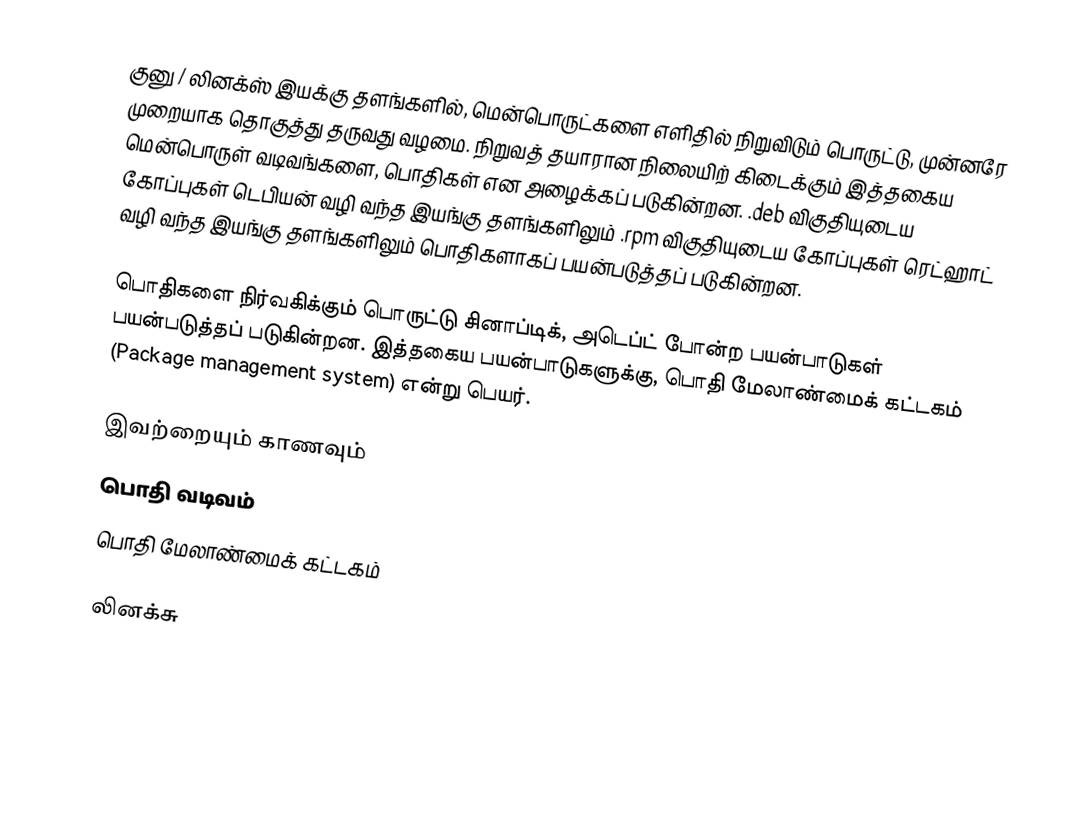
குனு / லினக்ஸ் இயக்கு தளங்களில், மென்பொருட்களை எளிதில் நிறுவிடும் பொருட்டு, முன்னரே முறையாக தொகுத்து தருவது வழமை.  நிறுவத் தயாரான நிலையிற் கிடைக்கும் இத்தகைய  மென்பொருள் வடிவங்களை, பொதிகள் என அழைக்கப் படுகின்றன. .deb விகுதியுடைய கோப்புகள் டெபியன் வழி வந்த இயங்கு தளங்களிலும் .rpm விகுதியுடைய கோப்புகள் ரெட்ஹாட் வழி வந்த இயங்கு தளங்களிலும் பொதிகளாகப் பயன்படுத்தப் படுகின்றன.

பொதிகளை நிர்வகிக்கும் பொருட்டு சினாப்டிக், அடெப்ட் போன்ற பயன்பாடுகள் பயன்படுத்தப் படுகின்றன. இத்தகைய பயன்பாடுகளுக்கு, பொதி மேலாண்மைக் கட்டகம் (Package management system) என்று பெயர்.

இவற்றையும் காணவும்
பொதி வடிவம்
பொதி மேலாண்மைக் கட்டகம்

லினக்சு